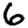
Digit: 6